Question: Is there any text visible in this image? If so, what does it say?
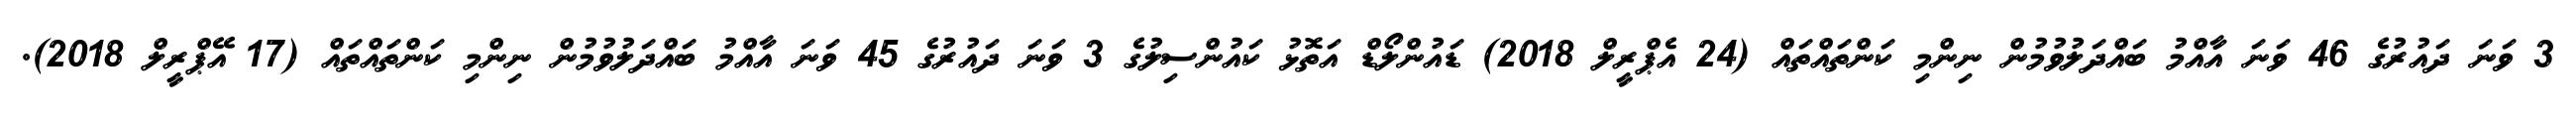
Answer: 3 ވަނަ ދައުރުގެ 46 ވަނަ އާއްމު ބައްދަލުވުމުން ނިންމި ކަންތައްތައް (24 އެޕްރީލް 2018) ޑައުންލޯޑް އަތޮޅު ކައުންސިލުގެ 3 ވަނަ ދައުރުގެ 45 ވަނަ އާއްމު ބައްދަލުވުމުން ނިންމި ކަންތައްތައް (17 އޭޕްރީލް 2018).